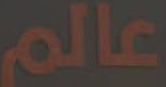
عالم